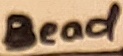
Text: Bead